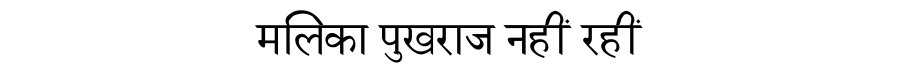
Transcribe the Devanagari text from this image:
मलिका पुखराज नहीं रहीं